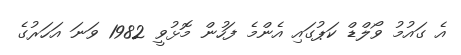
އެ ގައުމު ވޯލްޑް ކަޕުގައި އެންމެ ފަހުން މޮޅުވީ 1982 ވަނަ އަހަރުގެ